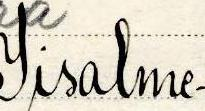
Iisalme